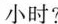
小时?